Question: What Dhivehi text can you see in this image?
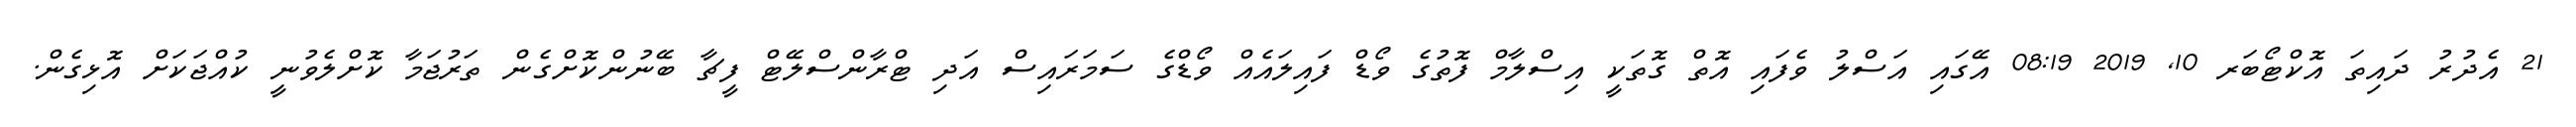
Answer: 21 އެދުރު ދައިތަ އޮކްޓޯބަރ 10, 2019 08:19 އޭގައި އަސްލު ވެފައި އޮތް ގޮތަކީ އިސްލާމް ފޮތުގެ ވޯޑް ފައިލައެއް ވޯޑްގެ ސަމަރައިސް އަދި ޓްރާންސްލޭޓް ފީޗާ ބޭނުންކޮށްގެން ތަރުޖަމާ ކޮށްލެވުނީ ކުއްޖަކަށް އޮޅިގެން.